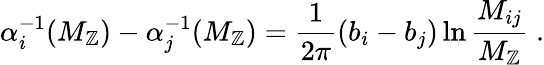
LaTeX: \alpha_{i}^{-1}(M_{\mathbb{Z}})-\alpha_{j}^{-1}(M_{\mathbb{Z}})=\frac{{1}}{{2\pi}}(b_{i}-b_{j})\ln\frac{{M_{ij}}}{{M_{\mathbb{Z}}}}\; .